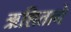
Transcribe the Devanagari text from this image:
ऋशिताने